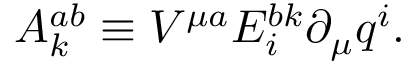
A _ { k } ^ { a b } \equiv V ^ { \mu a } E _ { i } ^ { b k } \partial _ { \mu } q ^ { i } .